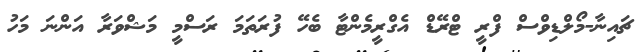
ޗައިނާ-މޯލްޑިވްސް ފްރީ ޓްރޭޑް އެގްރީމެންޓާ ބެހޭ ފުރަތަމަ ރަސްމީ މަޝްވަރާ އަންނަ މަހު